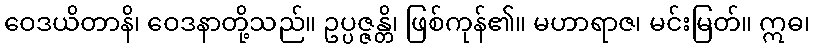
ဝေဒယိတာနိ၊ ဝေဒနာတို့သည်။ ဥပ္ပဇ္ဇန္တိ၊ ဖြစ်ကုန်၏။ မဟာရာဇ၊ မင်းမြတ်။ ဣဓ၊